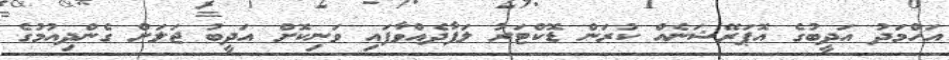
އަހްމަދު އަދީބުގެ އޮޕަރޭޝަނެއް ކުރަން ޑޮކްޓަރު ލަފާދެއްވާފައި ވަނިކޮށް އަދީބު ޖަލަށް ގެންދިއުމުގެ